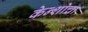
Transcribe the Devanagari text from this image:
केन्शोचा